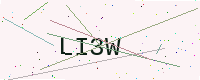
Text: LI3W